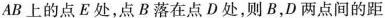
AB上的点E处，点B落在点D处，则B，D两点间的距